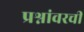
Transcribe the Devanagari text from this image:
प्रश्नांवरची